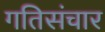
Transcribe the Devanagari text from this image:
गतिसंचार